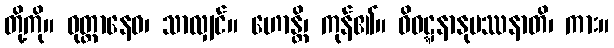
တို့ကို။ ဝုတ္တာနေဝ၊ သာလျှင်။ ဟောန္တိ၊ ကုန်၏။ ဝိဝဋ္ဋနာနုပဿနာတိ၊ ကား။